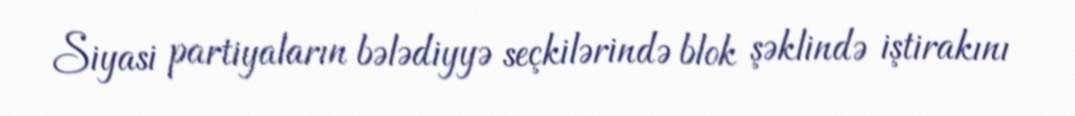
Siyasi partiyaların bələdiyyə seçkilərində blok şəklində iştirakını